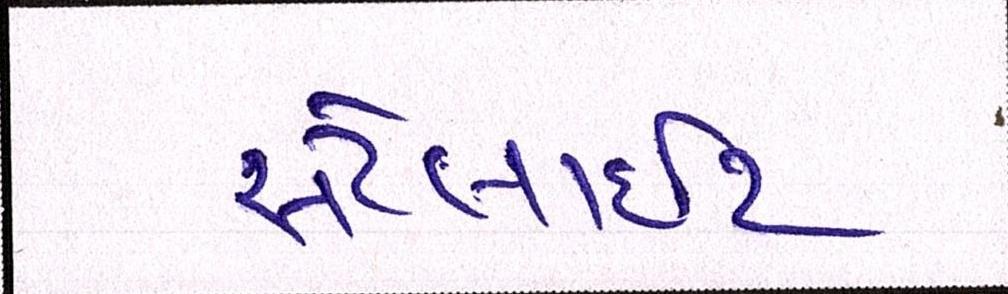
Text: સેટેલાઈટ